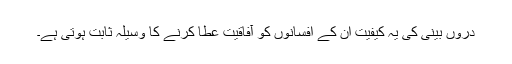
دروں بینی کی یہ کیفیت ان کے افسانوں کو آفاقیت عطا کرنے کا وسیلہ ثابت ہوتی ہے۔